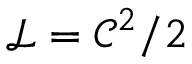
{ \mathcal { L } } = { \mathcal { C } } ^ { 2 } / 2